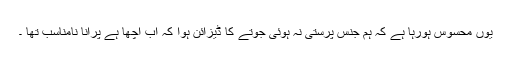
یوں محسوس ہورہا ہے کہ ہم جنس پرستی نہ ہوئی جوتے کا ڈیزائن ہوا کہ اب اچھا ہے پرانا نامناسب تھا ۔